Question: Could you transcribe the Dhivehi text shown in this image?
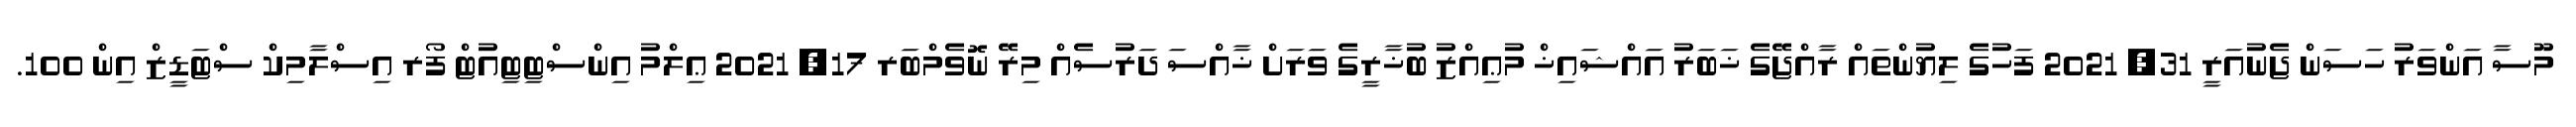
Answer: މޫސާ އަންވަރު ހަސަން ޖެނުއަރީ 31, 2021 ފަހުގެ ލިޔުންތައް ރާއްޖޭގެ ޚަބަރު އައްޝައިޚް މުޢިއްޒު ބުޚާރީގެ ވަރަށް ޚާއްސަ ދަރުސެއް މިރޭ ނޮވެމްބަރ 17, 2021 ޢިލްމު އިންސްޓިޓިއުޓް ފޯރ އިސްލާމިކް ސްޓަޑީޒް އިން 100.